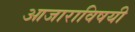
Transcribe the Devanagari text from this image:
आजाराविषयी